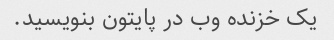
یک خزنده وب در پایتون بنویسید.